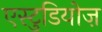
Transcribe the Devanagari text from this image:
एस्टुडियोज़